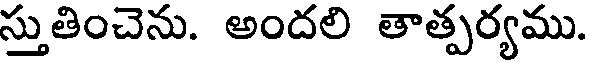
స్తుతించెను. అందలి తాత్పర్యము.